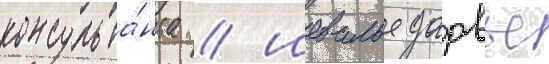
консульта́нта / шевалье дарвье